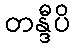
တန္ဒီပိ